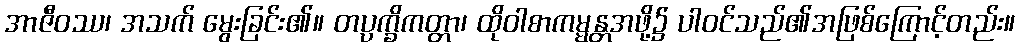
အာဇီဝဿ၊ အသက် မွေးခြင်း၏။ တပ္ပက္ခိကတ္တာ၊ ထိုဝါစာကမ္မန္တအဖို့၌ ပါဝင်သည်၏အဖြစ်ကြောင့်တည်း။